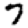
Digit: 7